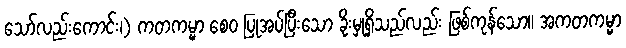
သော်လည်းကောင်း၊) ကတကမ္မာ စေဝ ပြုအပ်ပြီးသော ခိုးမှုရှိသည်လည်း ဖြစ်ကုန်သော။ အကတကမ္မာ